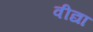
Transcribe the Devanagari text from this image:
वीद्या